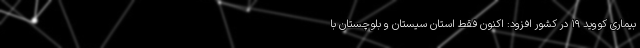
بیماری کووید ۱۹ در کشور افزود: اکنون فقط استان سیستان و بلوچستان با